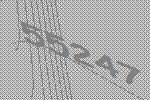
55247